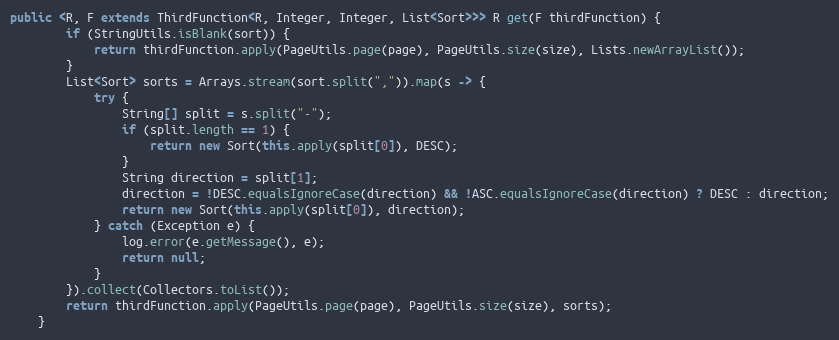
Language: Java
public <R, F extends ThirdFunction<R, Integer, Integer, List<Sort>>> R get(F thirdFunction) {
        if (StringUtils.isBlank(sort)) {
            return thirdFunction.apply(PageUtils.page(page), PageUtils.size(size), Lists.newArrayList());
        }
        List<Sort> sorts = Arrays.stream(sort.split(",")).map(s -> {
            try {
                String[] split = s.split("-");
                if (split.length == 1) {
                    return new Sort(this.apply(split[0]), DESC);
                }
                String direction = split[1];
                direction = !DESC.equalsIgnoreCase(direction) && !ASC.equalsIgnoreCase(direction) ? DESC : direction;
                return new Sort(this.apply(split[0]), direction);
            } catch (Exception e) {
                log.error(e.getMessage(), e);
                return null;
            }
        }).collect(Collectors.toList());
        return thirdFunction.apply(PageUtils.page(page), PageUtils.size(size), sorts);
    }